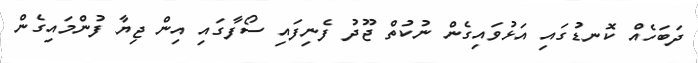
ދަބަހެއް ކޮނޑުގައި އަޅުވައިގެން ނުކުތް ޖޫދު ފެނިފައި ސޯފާގައި އިން ޖިޔާ ފުންމައިގެން